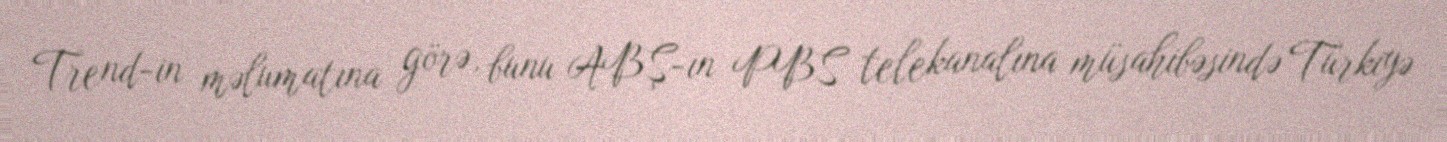
Trend-in məlumatına görə, bunu ABŞ-ın PBS telekanalına müsahibəsində Türkiyə